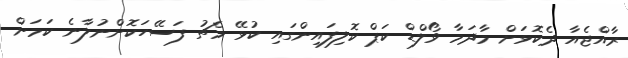
ރާއްޖެއާ ދެކޮޅަށް މާދަމާ ވޯލްޑް ކަޕް ކޮލިފައިންގައި ކުޅޭ މެޗު ފަސޭހަކޮށްނުލާނެ ކަމަށް